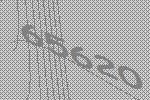
65620